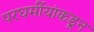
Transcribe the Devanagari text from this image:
परधर्मीयांकडून